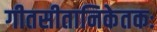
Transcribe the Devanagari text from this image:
गीतसीतानिकेतकः